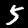
Digit: 5